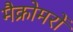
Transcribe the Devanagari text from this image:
मैक्रोमरों